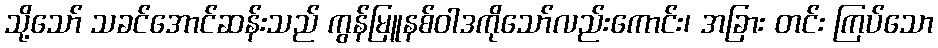
သို့သော် သခင်အောင်ဆန်းသည် ကွန်မြူနစ်ဝါဒကိုသော်လည်းကောင်း၊ အခြား တင်း ကြပ်သော